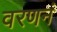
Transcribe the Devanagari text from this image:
वरणनं